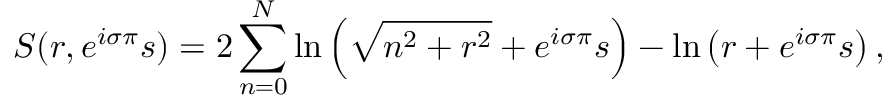
{ \cal S } ( r , e ^ { i \sigma \pi } s ) = 2 \sum _ { n = 0 } ^ { N } \ln \left( \sqrt { n ^ { 2 } + r ^ { 2 } } + e ^ { i \sigma \pi } s \right) - \ln \left( r + e ^ { i \sigma \pi } s \right) ,